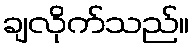
ချလိုက်သည်။